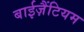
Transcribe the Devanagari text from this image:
बाईज़ैंटियम